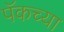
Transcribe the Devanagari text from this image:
पॅकच्या